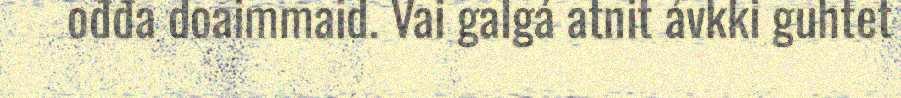
ođđa doaimmaid. Vai galgá atnit ávkki guhtet